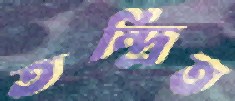
তন্দ্রিত